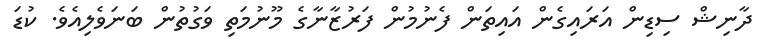
ދާނިޝް ސިޑިން އަރައިގެން އައިތަން ފެނުމުން ފަރުޒާނާގެ މޫނުމަތި ވަގުތުން ބަނަވެލިއެވެ. ކުޑަ